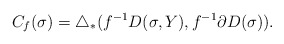
\begin{align*}C_f(\sigma)=\triangle_\ast(f^{-1}D(\sigma,Y),f^{-1}\partial D(\sigma)).\end{align*}